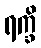
ရက္ခိ